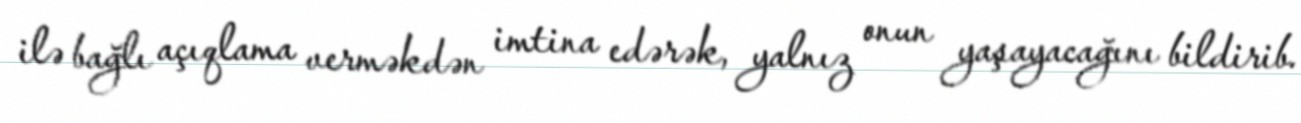
ilə bağlı açıqlama verməkdən imtina edərək, yalnız onun yaşayacağını bildirib.